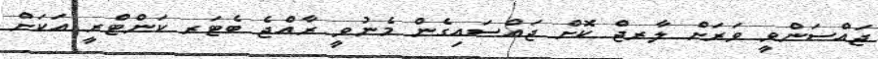
ޖައްސަންވީ ވަރަށް ލާރޖް ކޮށް ޖައްސައިގެން މެނުވީ ރާއްޖެ ބެޓަރ ކަންޓްރީ އަކަށް